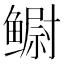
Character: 鳚